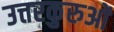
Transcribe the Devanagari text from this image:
उत्तरकुरुओं